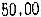
50.00